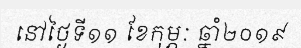
នៅថ្ងៃទី១១ ខែកុម្ភៈ ឆ្នាំ២០១៩